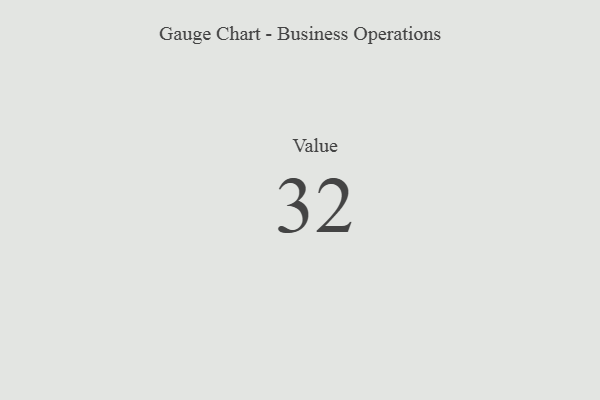
{"axis": {"x": "Metric", "y": "Value"}, "legend": [""], "data": [{"x": "Value", "y": 32, "type": ""}]}